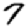
Digit: 7